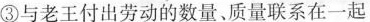
③与老王付出劳动的数量、质量联系在一起